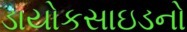
ડાયોકસાઇડનો